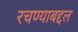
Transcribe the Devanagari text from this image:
रचण्याबद्दल